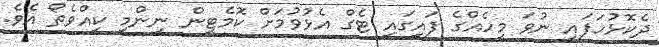
ދެކޮޅުހަފައި ނުވަ މީހެއްގެ ފައިގައި ޓެގް އެޅުވުމަށް ކޮމެޓީން ނިންމީ ކީއްވެތޯ އެވެ.